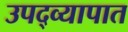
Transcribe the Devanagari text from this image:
उपद्व्यापात